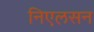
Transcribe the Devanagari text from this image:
निएलसन